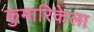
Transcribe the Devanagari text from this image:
कुमारिकेला